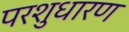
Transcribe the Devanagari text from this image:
परशुधारण